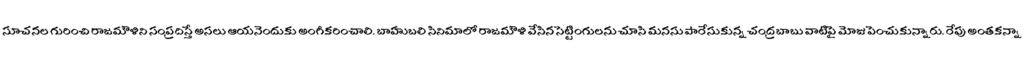
సూచనల గురించి రాజమౌళిని సంప్రదిస్తే అసలు ఆయనెందుకు అంగీకరించాలి. బాహుబలి సినిమాలో రాజమౌళి వేసిన సెట్టింగులను చూసి మనసు పారేసుకున్న చంద్రబాబు వాటిపై మోజు పెంచుకున్నారు. రేపు అంతకన్నా